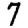
Digit: 7